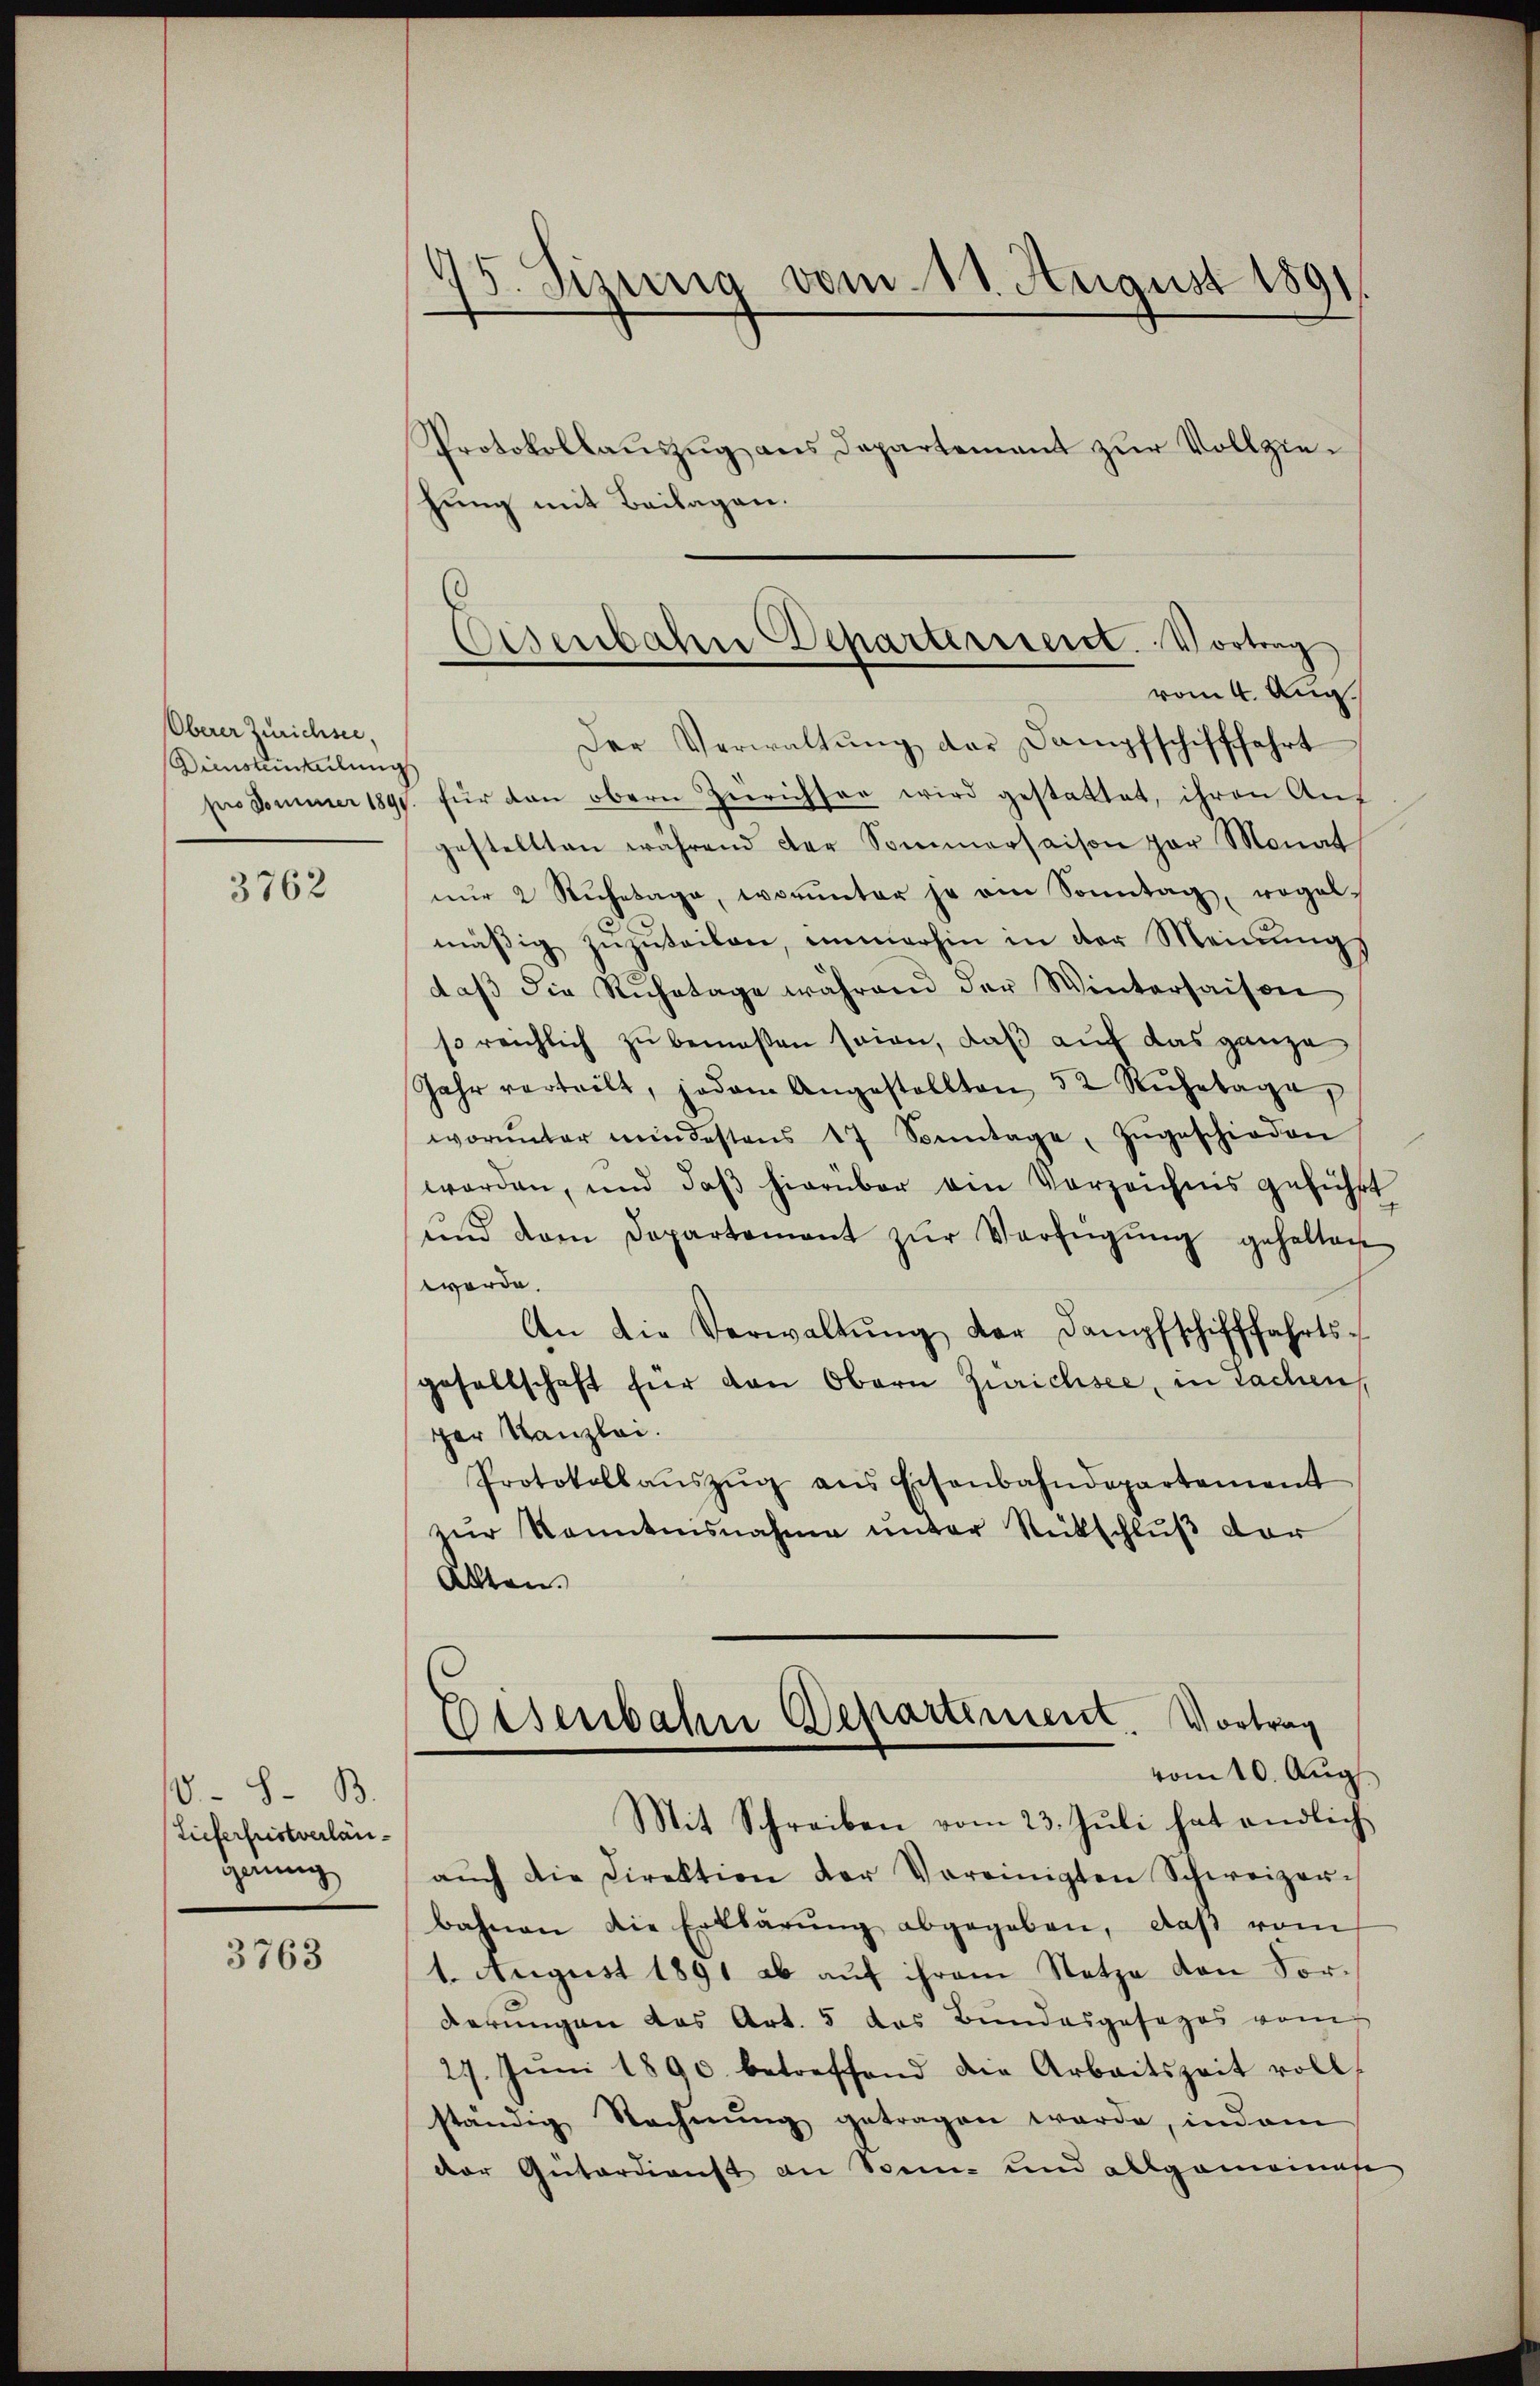
Oberer Zürichsee,
Dinstenteilung

3762

10 - 8. B.
Tieferfristverlängang

3763

)
F. Sizinig vom 11. August 1891.

Protokollaŭszŭg ans Departement zŭr Vollziehung mit Beilagen.
Der Verwaltŭng der Dampfschifffahrt
pro Jammer 1891. für dan obern Zürichter wird gestattet, ihren Aŭs
gestellten während der Sommersaison par Monat
nŭr 2 Rŭhetage, worunter je ein Sonntag, wogelmäβig zŭzŭteilen, immerhin in der Meinŭngs
daβ die Ruhetage während der Winterhaisen
so reichlich zu bemeßen seien, daß auf das ganze
Jahr verteilt, jedem Angestellten 52 Rŭhetage,
worunter mindestens 17 Sonntage, zŭgeschieden
worden, und daß hierüber ein Vorzeichnis geführt
ŭnd dem Departement zŭr Verfügŭng gehalten
werde.
An die Verwaltŭng der Dampfschifffahrts-
gesellschaft für den Obern Zürichsee, in Sachen
ger Kanzlei.
Protokollaŭszŭg ans Eisenbahndepartement
zŭr kanntensnahme unter Rückschlŭβ der
Alten.
Disenbahn Departement. Vortrag
vom 10. Aug
Mit Schreiben vom 23. Juli hat endlich
aŭch die Direktion der Vereinigten Schweizer-
bahnen die Erklärŭng abgegeben, daβ vom
1. August 1891 ab aŭf ihrem Netze von Vor-
derungen das Art. 5 das Bundesgesezes vom
27. Jŭni 1890 betreffend die Arbeitszeit voll-
ständig Rechnŭng getragen werde, indem
der Güterdienst an Sonne und allgemeinete

Eisenbahne Departerreist. Vortrag
vom 4. Aug.